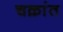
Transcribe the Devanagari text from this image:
चक्रांत